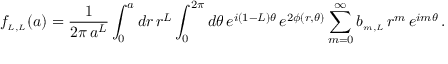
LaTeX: f _ { \scriptscriptstyle { L , L } } ( a ) = \frac { 1 } { 2 \pi \, a ^ { L } } \int _ { 0 } ^ { a } d r \, r ^ { L } \int _ { 0 } ^ { 2 \pi } d \theta \, e ^ { i ( 1 - L ) \theta } \, e ^ { 2 \phi ( r , \theta ) } \sum _ { m = 0 } ^ { \infty } b _ { \scriptscriptstyle { m , L } } \, r ^ { m } \, e ^ { i m \theta } \, .